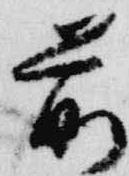
前